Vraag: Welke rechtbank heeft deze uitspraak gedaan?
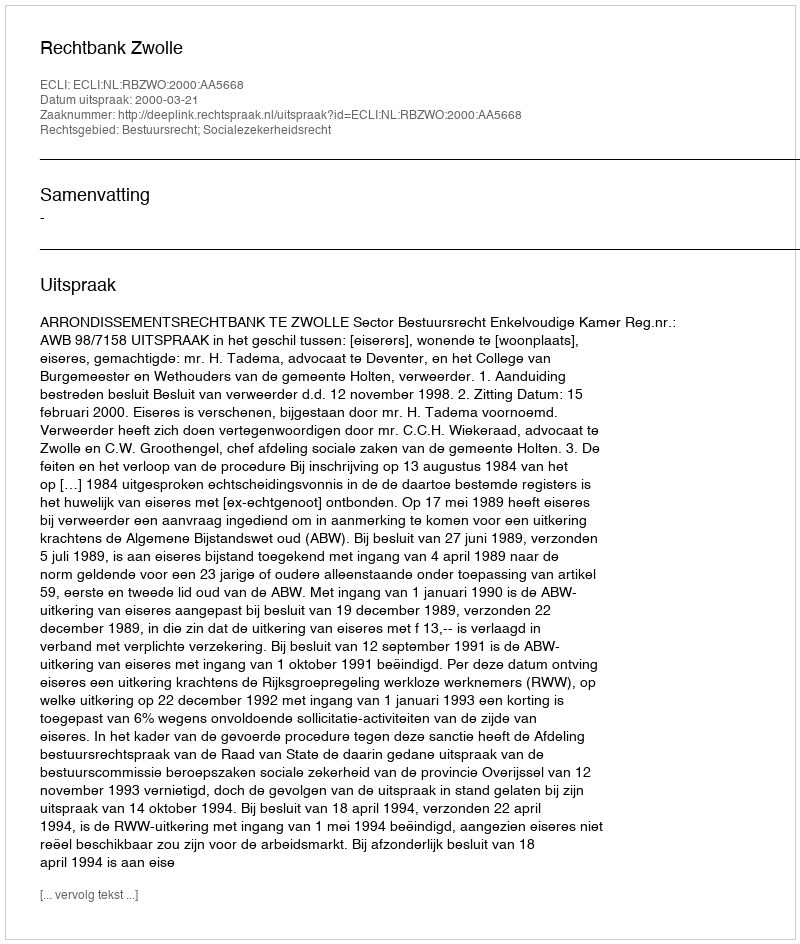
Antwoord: Rechtbank Zwolle